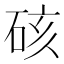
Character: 硋